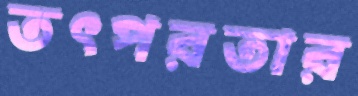
তৎপরতার